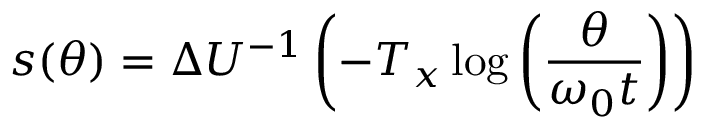
s ( \theta ) = \Delta U ^ { - 1 } \left( - T _ { x } \log \left( \frac { \theta } { \omega _ { 0 } t } \right) \right)